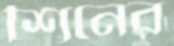
শিনের